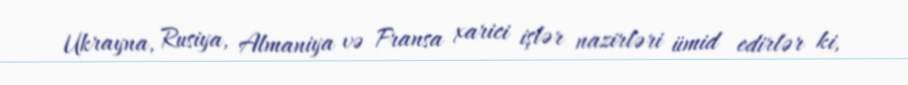
Ukrayna, Rusiya, Almaniya və Fransa xarici işlər nazirləri ümid edirlər ki,